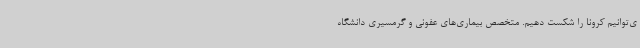
ی‌توانیم کرونا را شکست‌ دهیم. متخصص بیماری‌های عفونی و گرمسیری دانشگاه